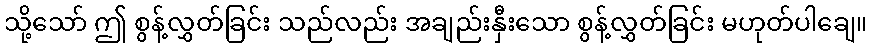
သို့သော် ဤ စွန့်လွှတ်ခြင်း သည်လည်း အချည်းနှီးသော စွန့်လွှတ်ခြင်း မဟုတ်ပါချေ။